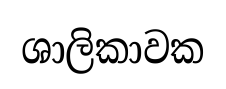
ශාලිකාවක